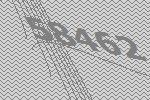
58462